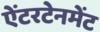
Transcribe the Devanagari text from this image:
ऐंटरटेनमेंट